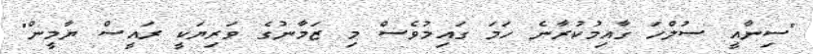
"ސިނާއީ ސުލްހަ ގާއިމުކުރާނެ ހަމަ ގައިމުވެސް މި ޒަމާނުގެ ވަރިޔަކީ ރައީސް ޔާމީން"